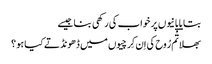
بتایا پانیوں پر خواب کی رکھی بنا جیسے
بھلا تُم رُوح کی اِن کِرچیوں میں ڈھونڈتے کیا ہو ؟